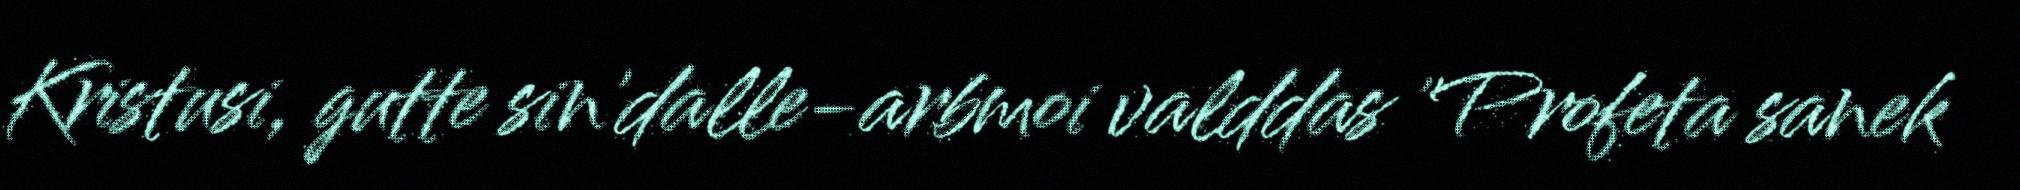
Kristusi, gutte sin'dalle-arbmoi valddas "Profeta sanek